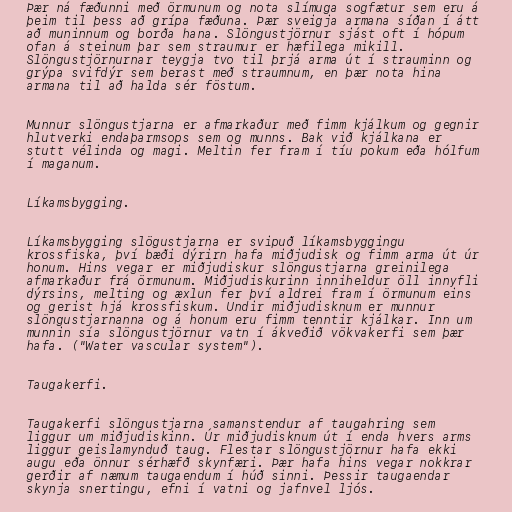
Þær ná fæðunni með örmunum og nota slímuga sogfætur sem eru á
þeim til þess að grípa fæðuna. Þær sveigja armana síðan í átt
að muninnum og borða hana. Slöngustjörnur sjást oft í hópum
ofan á steinum þar sem straumur er hæfilega mikill.
Slöngustjörnurnar teygja tvo til þrjá arma út í strauminn og
grýpa svifdýr sem berast með straumnum, en þær nota hina
armana til að halda sér föstum.

Munnur slöngustjarna er afmarkaður með fimm kjálkum og gegnir
hlutverki endaþarmsops sem og munns. Bak við kjálkana er
stutt vélinda og magi. Meltin fer fram í tíu pokum eða hólfum
í maganum.

Líkamsbygging.

Líkamsbygging slögustjarna er svipuð líkamsbyggingu
krossfiska, því bæði dýrirn hafa miðjudisk og fimm arma út úr
honum. Hins vegar er miðjudiskur slöngustjarna greinilega
afmarkaður frá örmunum. Miðjudiskurinn inniheldur öll innyfli
dýrsins, melting og æxlun fer því aldrei fram í örmunum eins
og gerist hjá krossfiskum. Undir miðjudisknum er munnur
slöngustjarnanna og á honum eru fimm tenntir kjálkar. Inn um
munnin sía slöngustjörnur vatn í ákveðið vökvakerfi sem þær
hafa. ("Water vascular system").

Taugakerfi.

Taugakerfi slöngustjarna samanstendur af taugahring sem
liggur um miðjudiskinn. Úr miðjudisknum út í enda hvers arms
liggur geislamynduð taug. Flestar slöngustjörnur hafa ekki
augu eða önnur sérhæfð skynfæri. Þær hafa hins vegar nokkrar
gerðir af næmum taugaendum í húð sinni. Þessir taugaendar
skynja snertingu, efni í vatni og jafnvel ljós.